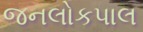
જનલોકપાલ